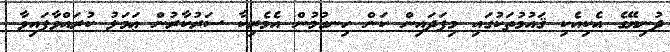
ދުނިޔޭގެ އެކިއެކި ޤައުމުތަކުގައި މިފަދައިން ކަން ހިނގުމުން އެމެރިކާ ސަރުކާރުން ޢަމަލު ކުރައްވާފައިވާ